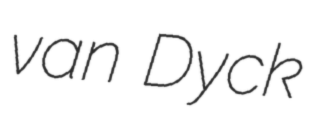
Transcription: van Dyck